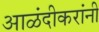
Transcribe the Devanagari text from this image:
आळंदीकरांनी